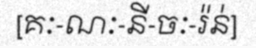
[គៈ-ណៈ-នី-ចៈ-រ៉ន់]